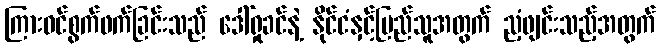
ကြားဝင်စွက်ဖက်ခြင်းသည် ဒေါ်ရှုခင်နဲ့ နိုင်ငံနှင့်ပြည်သူအတွက် ညံ့ဖျင်းသည့်အတွက်